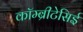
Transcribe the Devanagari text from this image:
कॉम्ब्रीटेसिई